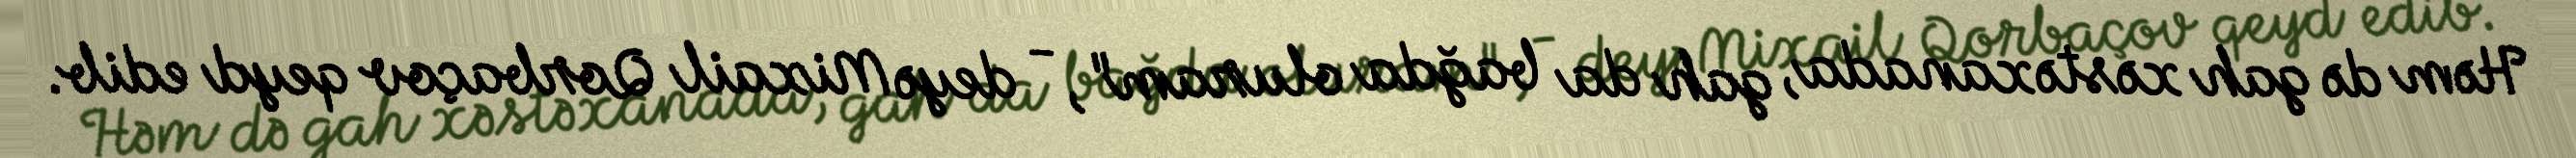
Həm də gah xəstəxanada, gah da bağda oluram", - deyə Mixail Qorbaçov qeyd edib.